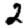
Digit: 2